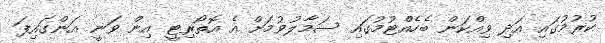
ކުރުމުގައި އަދި ވިއްކަން ބެހެއްޓުމުގައި ސަމާލުވުމަށް އެ އޮތޯރިޓީ އިން ވަނީ އަންގައިފަ